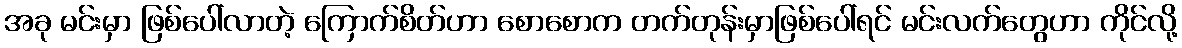
အခု မင်းမှာ ဖြစ်ပေါ်လာတဲ့ ကြောက်စိတ်ဟာ စောစောက တက်တုန်းမှာဖြစ်ပေါ်ရင် မင်းလက်တွေဟာ ကိုင်လို့